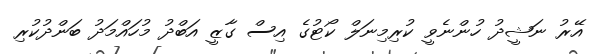
އޭރު ނަޝީދު ހުންނެވީ ކުރިމިނަލް ކޯޓުގެ އިސް ގާޒީ އަބްދު މުހައްމަދު ބަންދުކުރި